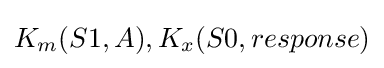
K_{m}(S1,A),K_{x}(S0,response)